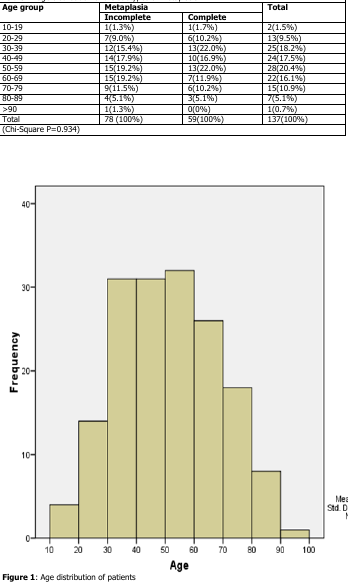
<table><thead><tr><td rowspan="2"><b>Age group</b></td><td colspan="2"><b>Metaplasia</b></td><td rowspan="2"><b>Total</b></td></tr><tr><td><b>Incomplete</b></td><td><b>Complete</b></td></tr></thead><tbody><tr><td>10-19</td><td>1(1.3%)</td><td>1(1.7%)</td><td>2(1.5%)</td></tr><tr><td>20-29</td><td>7(9.0%)</td><td>6(10.2%)</td><td>13(9.5%)</td></tr><tr><td>30-39</td><td>12(15.4%)</td><td>13(22.0%)</td><td>25(18.2%)</td></tr><tr><td>40-49</td><td>14(17.9%)</td><td>10(16.9%)</td><td>24(17.5%)</td></tr><tr><td>50-59</td><td>15(19.2%)</td><td>13(22.0%)</td><td>28(20.4%)</td></tr><tr><td>60-69</td><td>15(19.2%)</td><td>7(11.9%)</td><td>22(16.1%)</td></tr><tr><td>70-79</td><td>9(11.5%)</td><td>6(10.2%)</td><td>15(10.9%)</td></tr><tr><td>80-89</td><td>4(5.1%)</td><td>3(5.1%)</td><td>7(5.1%)</td></tr><tr><td>&gt;90</td><td>1(1.3%)</td><td>0(0%)</td><td>1(0.7%)</td></tr><tr><td>Total</td><td>78 (100%)</td><td>59(100%)</td><td>137(100%)</td></tr><tr><td colspan="4">(Chi-Square P=0.934)</td></tr></tbody></table>